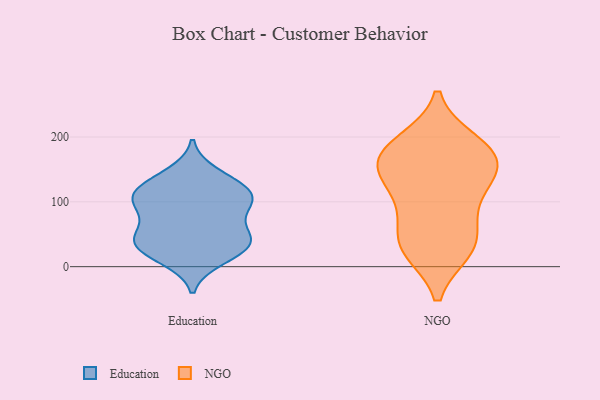
{"axis": {"x": "Production Output", "y": "Value"}, "legend": ["Education", "NGO"], "data": [{"x": "", "y": 100, "type": "Education"}, {"x": "", "y": 22, "type": "Education"}, {"x": "", "y": 108, "type": "Education"}, {"x": "", "y": 44, "type": "Education"}, {"x": "", "y": 126, "type": "Education"}, {"x": "", "y": 110, "type": "Education"}, {"x": "", "y": 91, "type": "Education"}, {"x": "", "y": 12, "type": "Education"}, {"x": "", "y": 121, "type": "Education"}, {"x": "", "y": 44, "type": "Education"}, {"x": "", "y": 88, "type": "Education"}, {"x": "", "y": 30, "type": "Education"}, {"x": "", "y": 143, "type": "Education"}, {"x": "", "y": 50, "type": "Education"}, {"x": "", "y": 41, "type": "Education"}, {"x": "", "y": 140, "type": "NGO"}, {"x": "", "y": 90, "type": "NGO"}, {"x": "", "y": 166, "type": "NGO"}, {"x": "", "y": 146, "type": "NGO"}, {"x": "", "y": 192, "type": "NGO"}, {"x": "", "y": 93, "type": "NGO"}, {"x": "", "y": 26, "type": "NGO"}, {"x": "", "y": 29, "type": "NGO"}, {"x": "", "y": 190, "type": "NGO"}, {"x": "", "y": 31, "type": "NGO"}, {"x": "", "y": 170, "type": "NGO"}, {"x": "", "y": 134, "type": "NGO"}, {"x": "", "y": 169, "type": "NGO"}, {"x": "", "y": 43, "type": "NGO"}]}